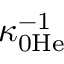
\kappa _ { 0 \mathrm { H e } } ^ { - 1 }